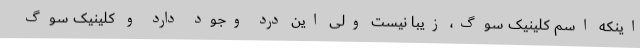
اینکه اسم کلینیک سوگ، زیبا نیست ولی این درد وجود دارد و کلینیک سوگ